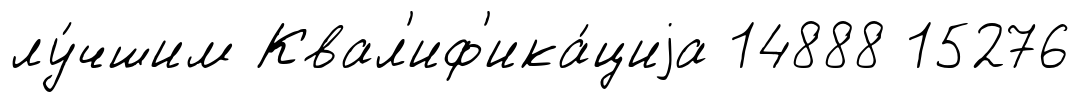
лу́чшим Квал'иф'ика́циjа 14888 15276